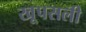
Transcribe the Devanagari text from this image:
खूपसली